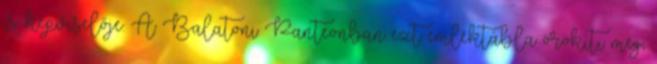
is képviselője. A Balatoni Panteonban ezt emléktábla örökíti meg,